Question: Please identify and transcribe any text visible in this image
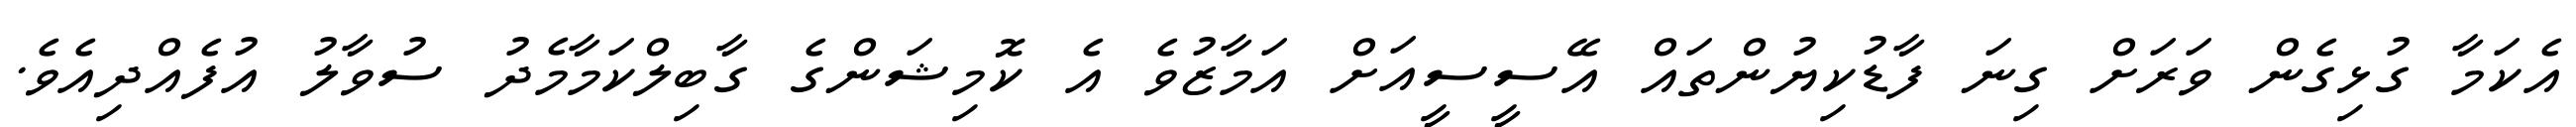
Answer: އެކަމާ ގުޅިގެން ވަރަށް ގިނަ ފާޑުކިޔުންތައް އޭސީސީއަށް އަމާޒުވެ އެ ކޮމިޝަންގެ ގާބިލްކަމާމެދު ސުވާލު އުފެއްދިއެވެ.